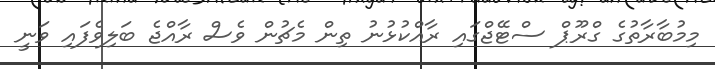
މިމުބާރާތުގެ ގްރޫޕް ސްޓޭޖްގައި ރާއްކުޅުނު ތިން މެޗުން ވެސް ރާއްޖެ ބަލިވެފައި ވަނީ